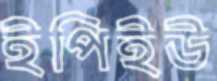
ইপিইউ